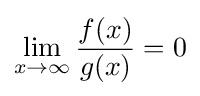
\lim _{x\to \infty }{\frac {f(x)}{g(x)}}=0